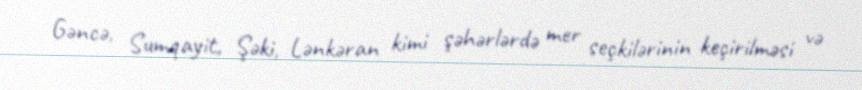
Gəncə, Sumqayit, Şəki, Lənkəran kimi şəhərlərdə mer seçkilərinin keçirilməsi və